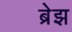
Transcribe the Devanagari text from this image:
ब्रेझ